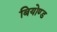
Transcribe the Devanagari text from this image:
बियोण्ड